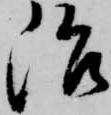
治